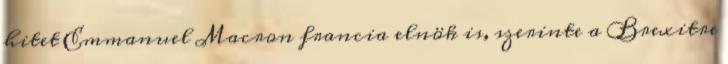
hitet Emmanuel Macron francia elnök is, szerinte a Brexitre